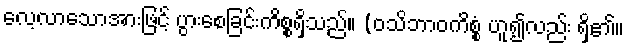
လေ့လာသောအားဖြင့် ပွားစေခြင်းကိစ္စရှိသည်။ (ဝသိဘာဝကိစ္စံ ဟူ၍လည်း ရှိ၏။